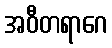
အဝီတရာဂေ